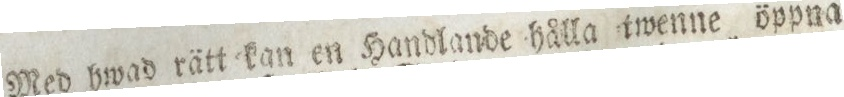
Med hwad rätt kan en Handlande hålla twenne öppna